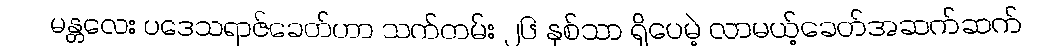
မန္တလေး ပဒေသရာဇ်ခေတ်ဟာ သက်တမ်း ၂၆ နှစ်သာ ရှိပေမဲ့ လာမယ့်ခေတ်အဆက်ဆက်